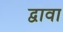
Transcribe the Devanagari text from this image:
द्वावा